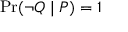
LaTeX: \operatorname* { P r } ( \lnot Q \mid P ) = 1